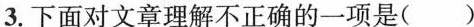
3.下面对文章理解不正确的一项是( )